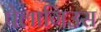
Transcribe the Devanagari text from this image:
पेलागिउस